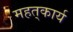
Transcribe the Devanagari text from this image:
महत्‌कार्य